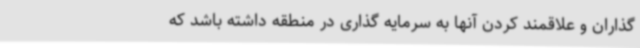
‌گذاران و علاقمند کردن آنها به سرمایه گذاری در منطقه داشته باشد که